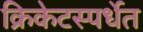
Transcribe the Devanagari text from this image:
क्रिकेटस्पर्धेत